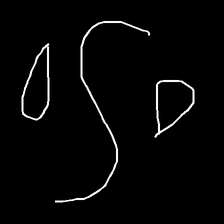
Glyph: water